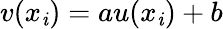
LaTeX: v(x_{\mathit{i}})=au(x_{\mathit{i}})+b